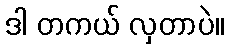
ဒါ တကယ် လှတာပဲ။